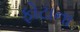
ફોટાના